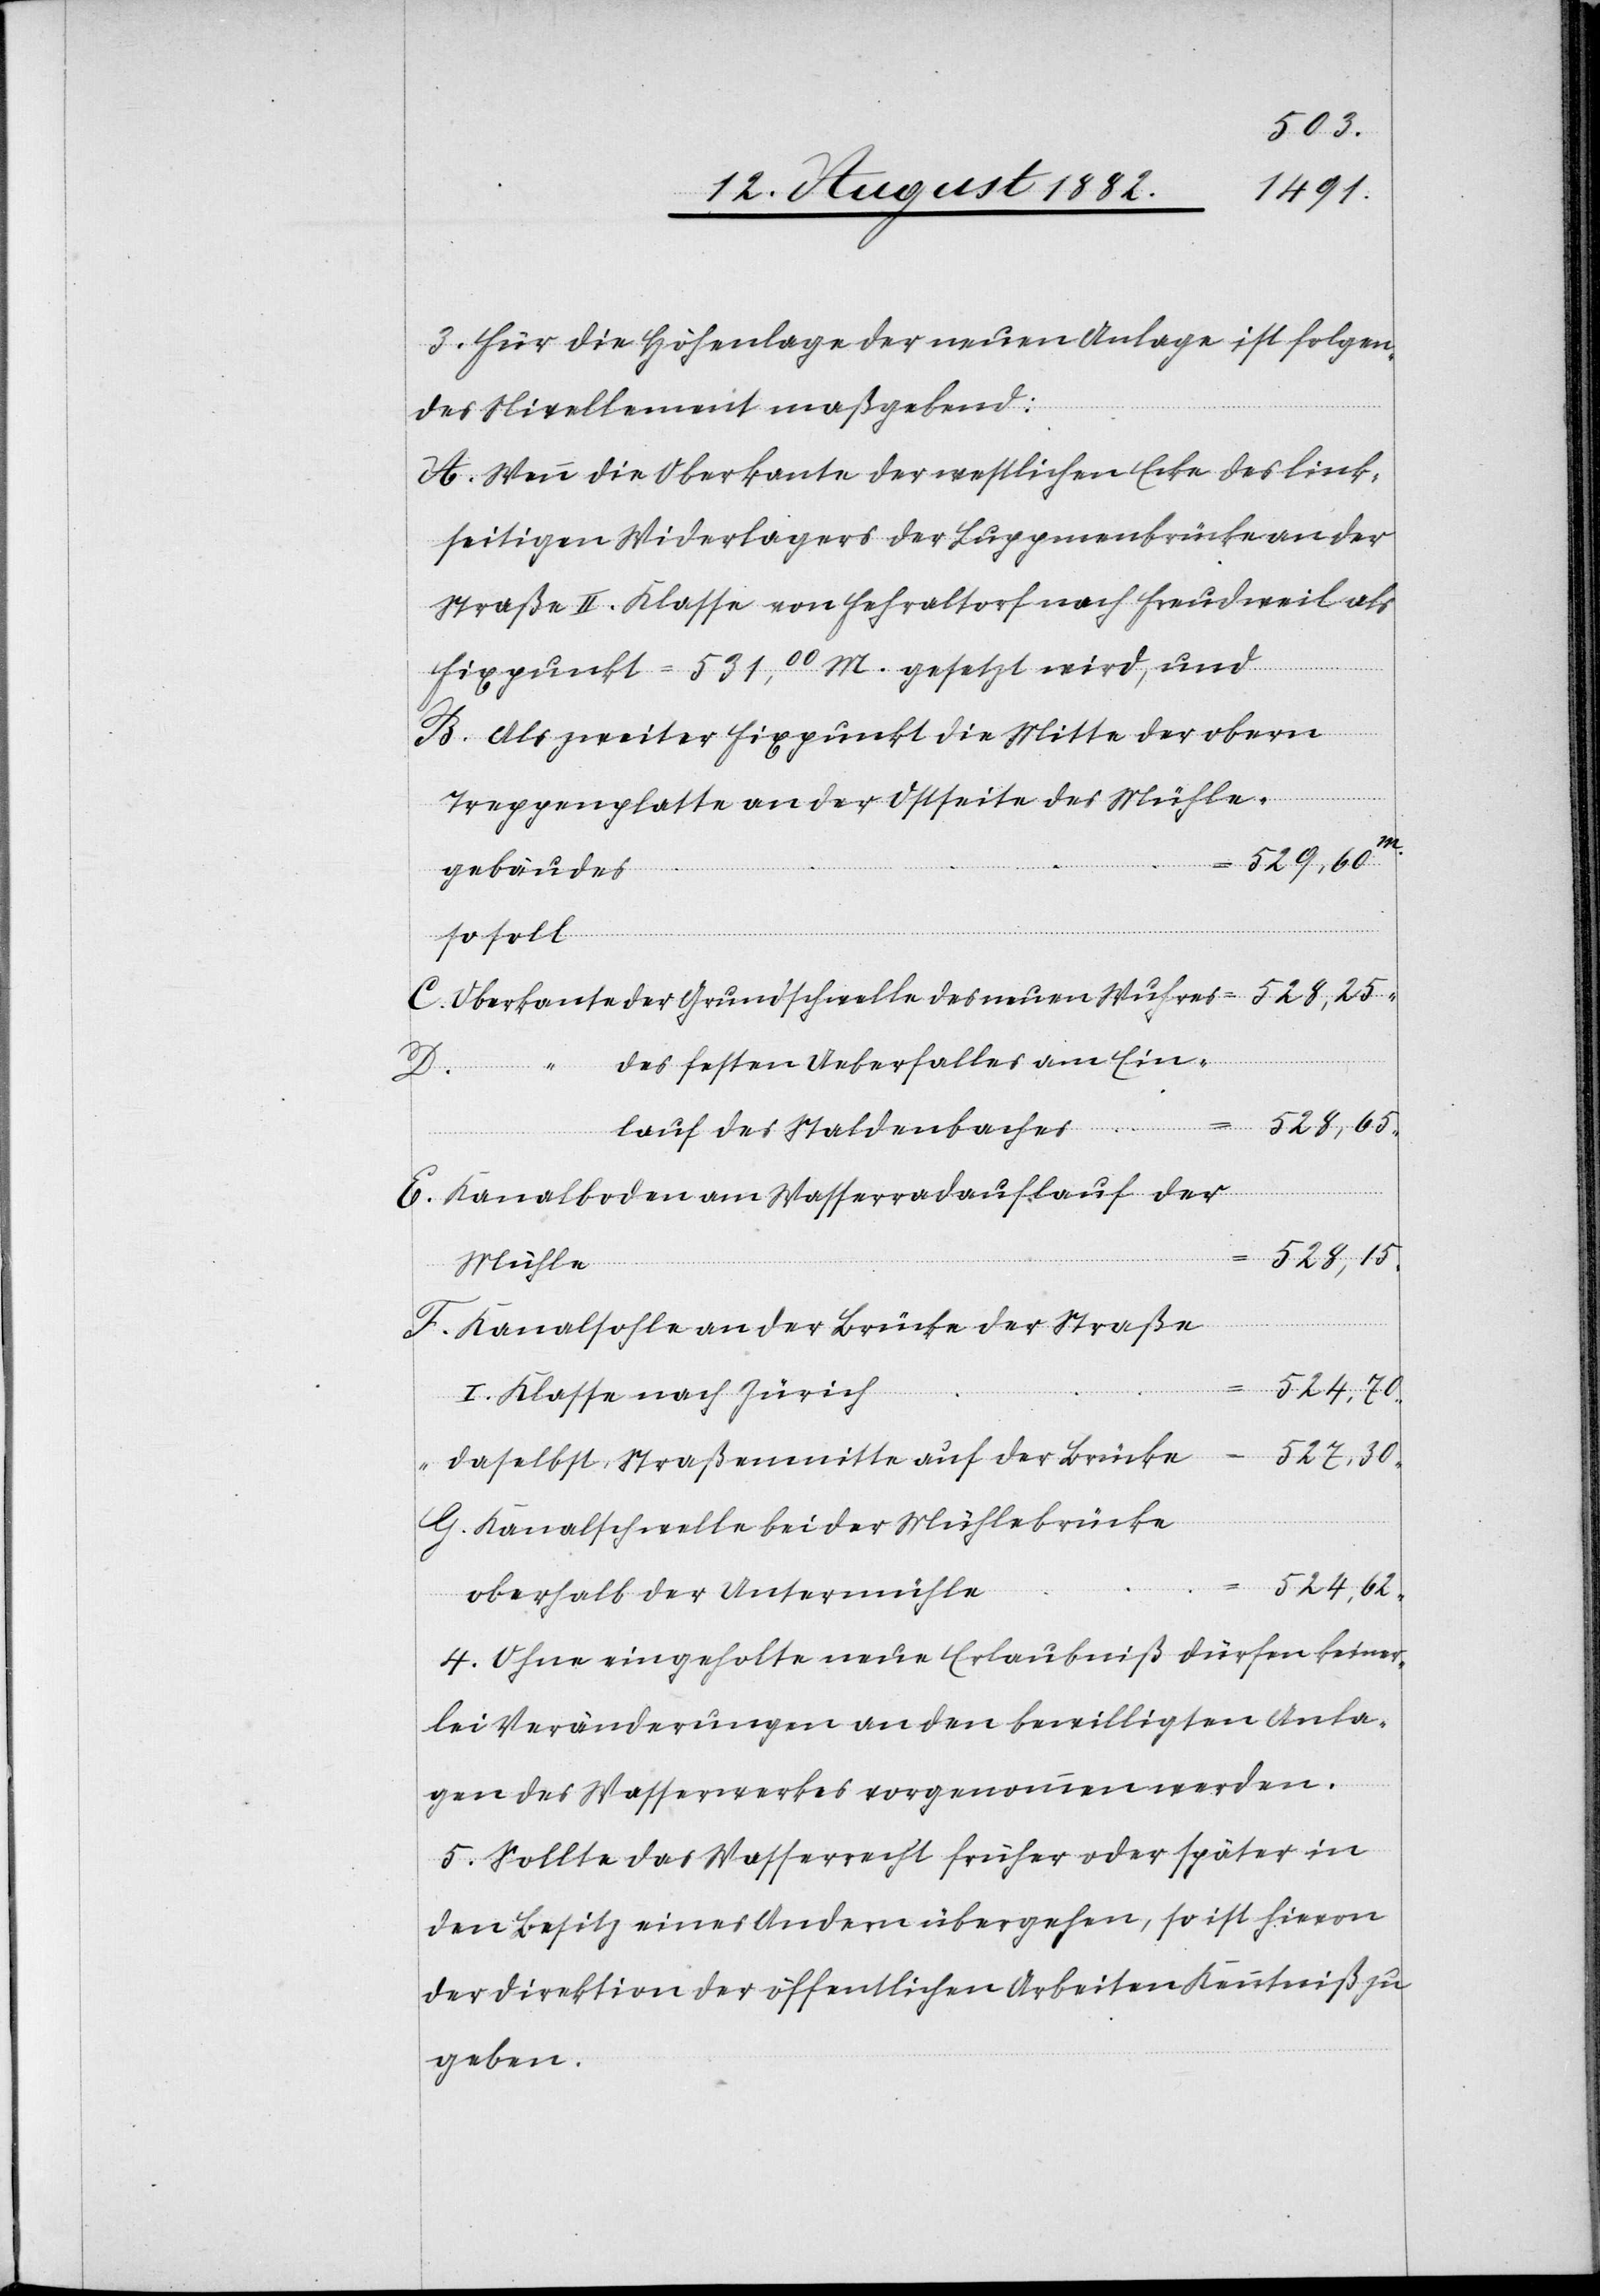
3. Für die Höhenlage der neuen Anlage ist folgen¬
des Nivellement maßgebend:
A. Wenn die Oberkante der westlichen Ecke des link¬
seitigen Widerlagers der Luppmenbrücke an der
Straße II. Klasse von Fehraltorf nach Freudweil als
Fixpunkt = 431,00 M. gesetzt wird, und
Als zweiter Fixpunkt die Mitte der obern
Treppenplatte an der Ostseite des Mühle¬
527,30
gebäudes
Oberkante der Grundschwelle des neuen Wuhres
des festen Ueberfalles am Ein¬
lauf
Staldenbaches
Kanalboden am Wasserradauflauf der
528,15
Mühle
Kanalsohle an der Brücke der Straße
G.
524,70
I. Klasse nach Zürich
Daselbst, Straßenmitte auf der Brücke
Kanalschwelle bei der Mühlebrücke
524,62
oberhalb der Untermühle
4. Ohne eingeholte neue Erlaubniß dürfen keiner¬
lei Veränderungen an den bewilligten Anla¬
gen des Wasserwerkes vorgenommen werden.
5. Sollte das Wasserrecht früher oder später in
den Besitz eines Andern übergehen, so ist hievon
der Direktion der öffentlichen Arbeiten Kenntniß zu
geben.